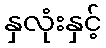
နှလုံးနှင့်